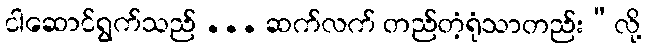
ငါဆောင်ရွက်သည် ... ဆက်လက် တည်တံ့ရုံသာတည်း”လို့